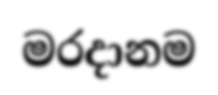
මරදානම